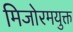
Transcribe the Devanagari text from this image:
मिजोरमयुक्त